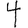
Digit: 4